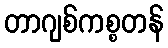
တာဂျစ်ကစ္စတန်